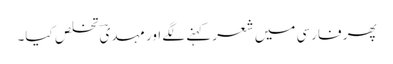
پھر فارسی میں شعر کہنے لگے اور مہدیؔ تخلص کیا۔